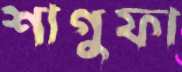
শাগুফা